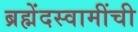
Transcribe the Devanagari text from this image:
ब्रह्मेंदस्वामींची